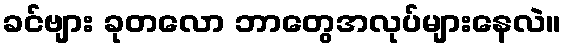
ခင်ဗျား ခုတလော ဘာတွေအလုပ်များနေလဲ။